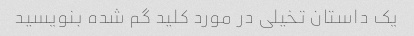
یک داستان تخیلی در مورد کلید گم شده بنویسید